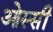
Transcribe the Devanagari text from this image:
ओस्सी